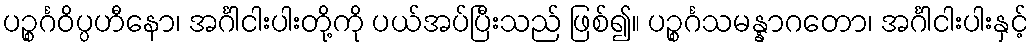
ပဉ္စင်္ဂဝိပ္ပဟီနော၊ အင်္ဂါငါးပါးတို့ကို ပယ်အပ်ပြီးသည် ဖြစ်၍။ ပဉ္စင်္ဂသမန္နာဂတော၊ အင်္ဂါငါးပါးနှင့်